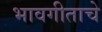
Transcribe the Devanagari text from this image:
भावगीताचे